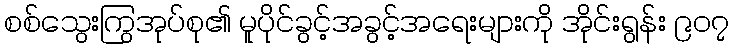
စစ်သွေးကြွအုပ်စု၏ မူပိုင်ခွင့်အခွင့်အရေးများကို အိုင်းရွန်း ၉၀၇